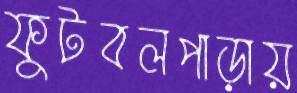
ফুটবলপাড়ায়